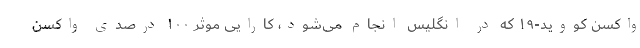
واکسن کووید-۱۹ که در انگلیس انجام می‌شود، کارایی موثر ۱۰۰ درصدی واکسن